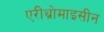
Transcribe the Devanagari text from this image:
एरीथ्रोमाइसीन